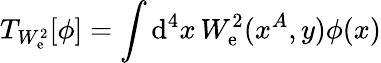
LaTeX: T_{W_{\mathrm{e}}^{2}}[\phi]=\int\mathrm{{d}}^{4}x\, W_{\mathrm{e}}^{2}(x^{A},y)\phi(x)